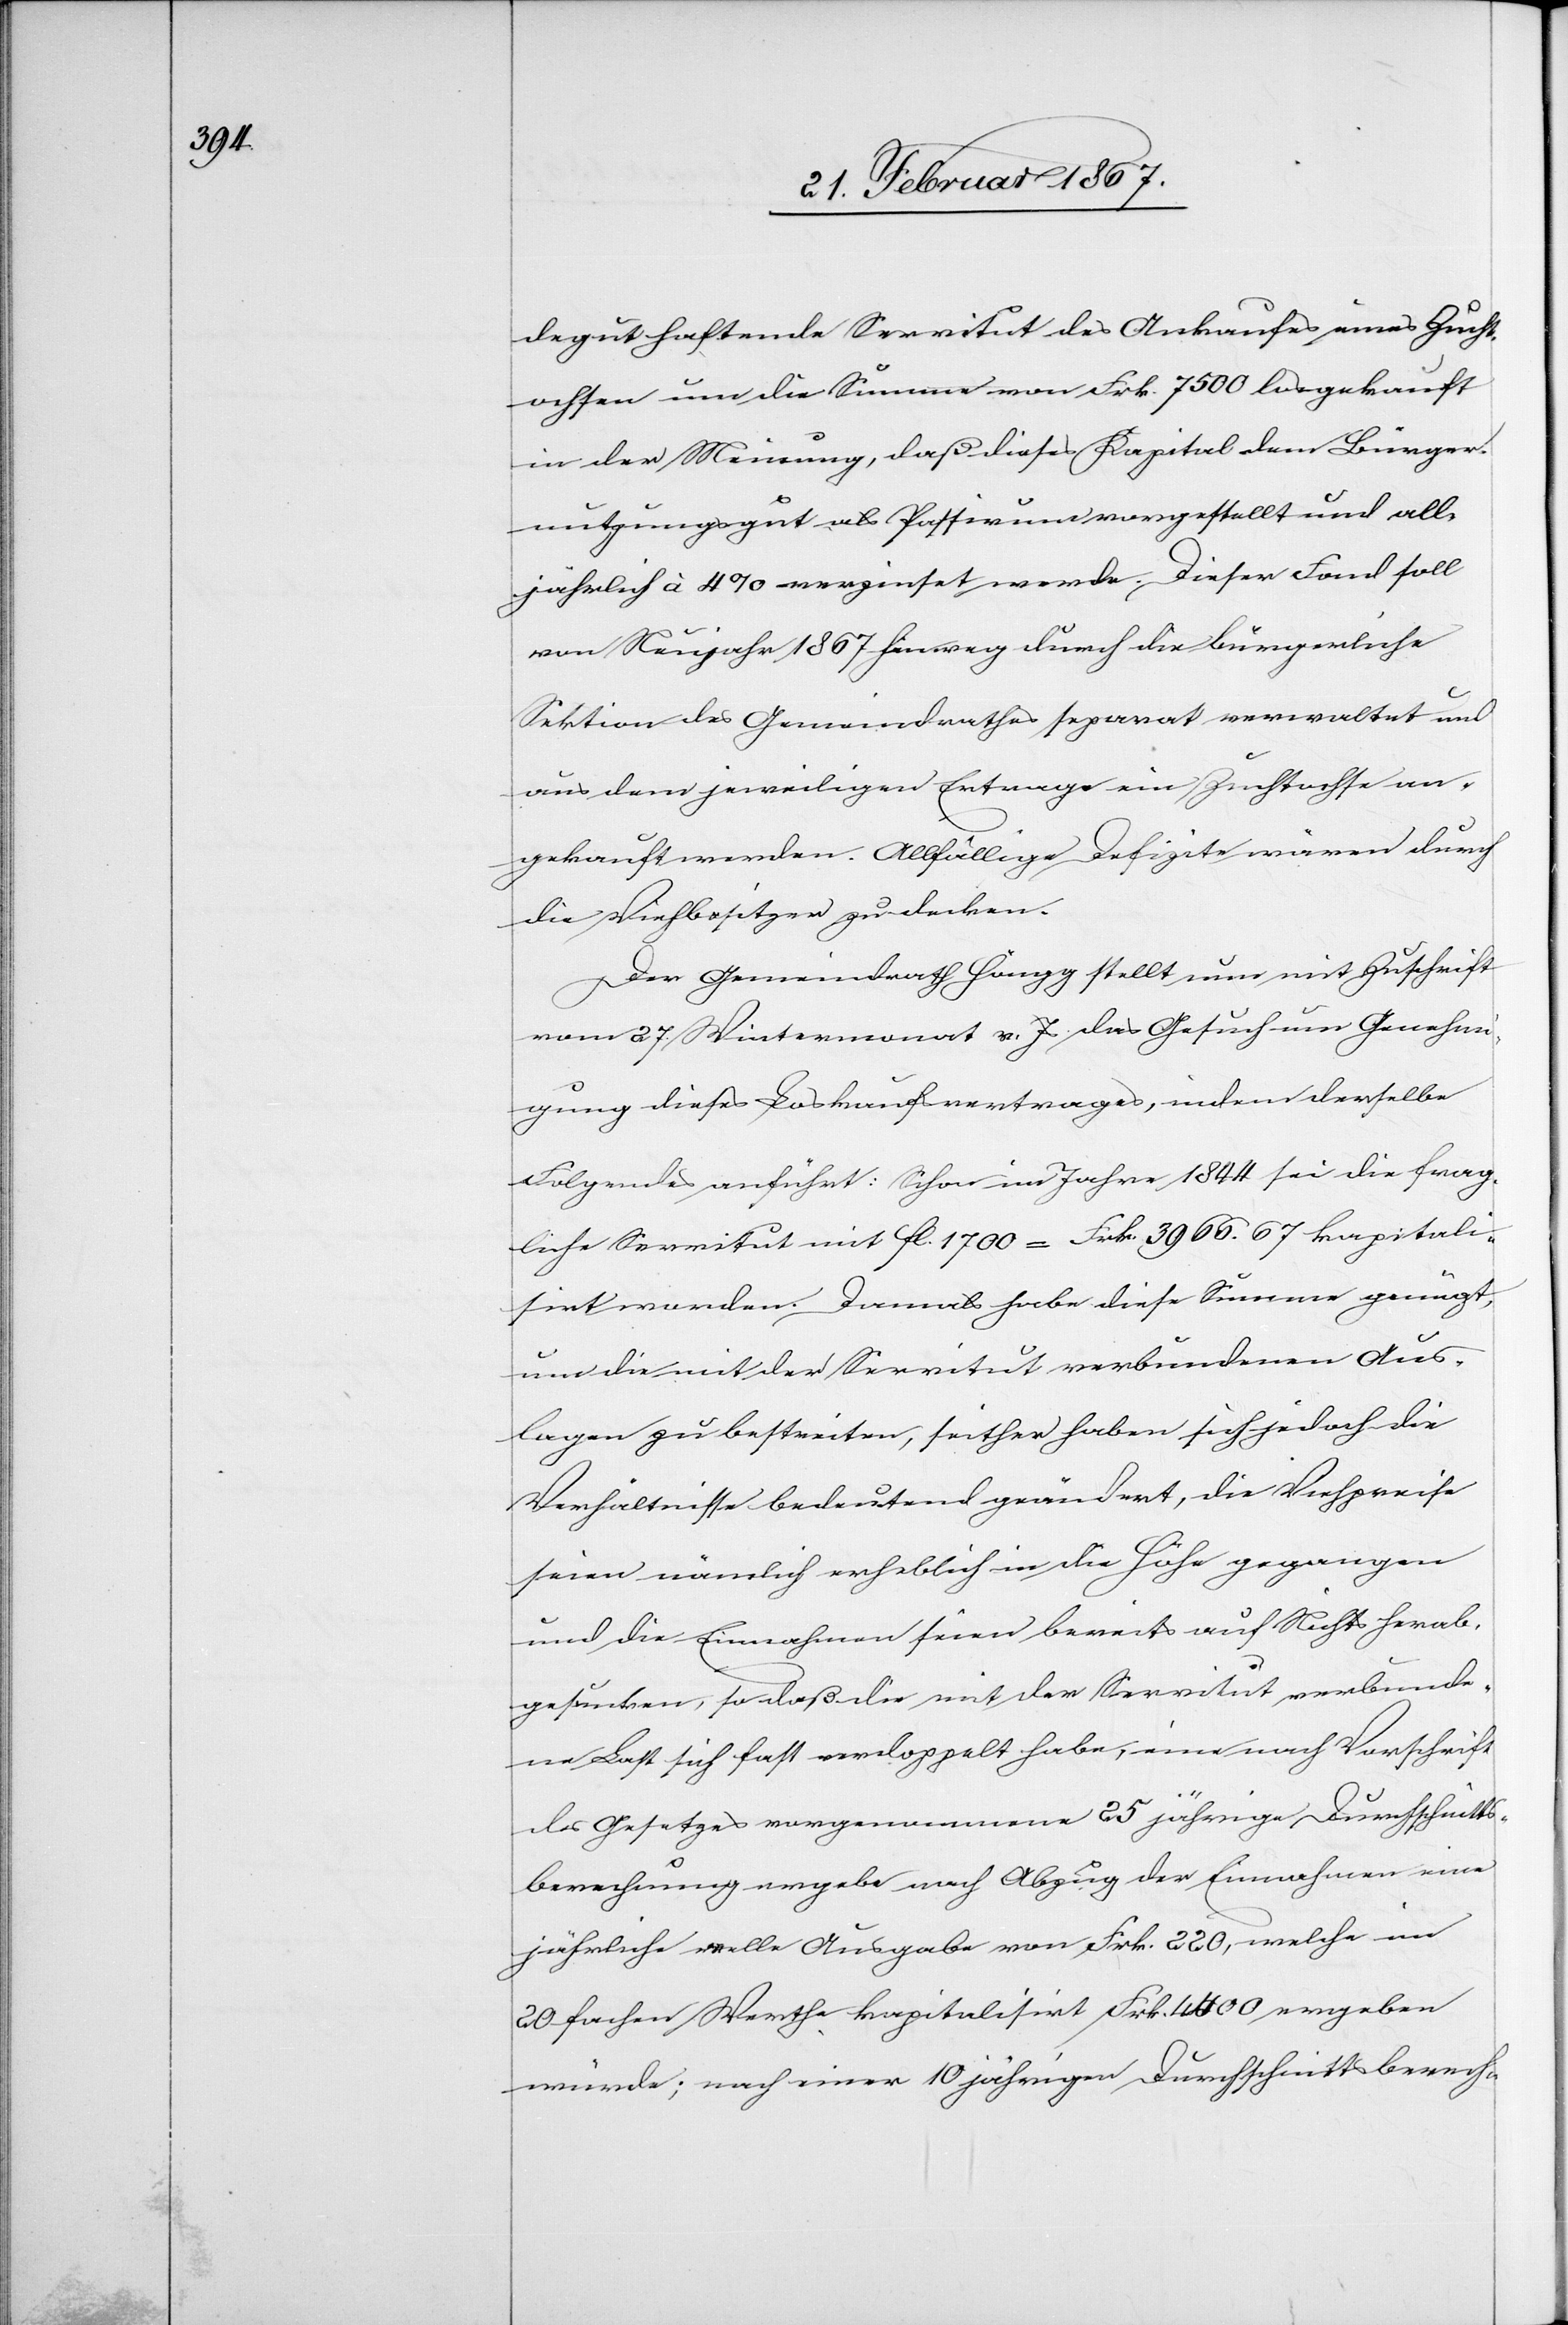
degut haftende Servitut des Ankaufes eines Zucht¬
ochsen um die Summe von Frk. 7500 losgekauft
in der Meinung, daß dieses Kapital dem Bürger¬
nutzungsgut als Passivum vorgestellt und all¬
jährlich à 4 % verzinst werde. Dieser Fond soll
von Neujahr 1867 hinweg durch die bürgerliche
Sektion des Gemeindrathes separat verwaltet und
aus dem jeweiligen Ertrage ein Zuchtochse an¬
gekauft werden. Allfällige Defizite wären durch
die Viehbesitzer zu decken.
Der Gemeindrath Höngg stellt nun mit Zuschrift
vom 27. Wintermonat v. Js das Gesuch um Genehmi¬
gung dieses Loskaufsvertrages, indem derselbe
Folgendes anführt: Schon im Jahre 1844 sei die frag¬
liche Servitut mit fl. 1700 = Frk. 3966. 67 kapitali¬
sirt worden. Damals habe diese Summe genügt,
um die mit der Servitut verbundenen Aus¬
lagen zu bestreiten, seither haben sich jedoch die
Verhältnisse bedeutend geändert, die Viehpreise
seien nämlich erheblich in die Höhe gegangen
und die Einnahmen seien bereits auf Nichts herab¬
gesunken, so daß die mit der Servitut verbunde¬
ne Last sich fast verdoppelt habe, eine nach Vorschrift
des Gesetzes vorgenommene 25 jährige Durchschnitts¬
berechnung ergebe nach Abzug der Einnahmen eine
jährliche volle Ausgabe von Frk. 220, welche im
20 fachen Werthe kapitalisirt Frk. 4400 ergeben
würde; nach einer 10 jährigen Durchschnittsberech-